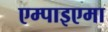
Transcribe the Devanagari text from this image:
एम्पाइएमा